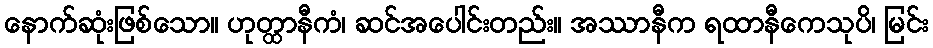
နောက်ဆုံးဖြစ်သော။ ဟုတ္ထာနီကံ၊ ဆင်အပေါင်းတည်း။ အဿာနီက ရထာနီကေသုပိ၊ မြင်း